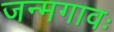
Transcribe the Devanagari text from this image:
जन्मगावः